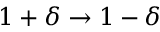
1 + \delta \to 1 - \delta